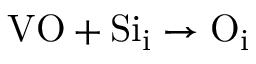
\mathrm { V O } + \mathrm { S i } _ { \mathrm { i } } \to \mathrm { O } _ { \mathrm { i } }